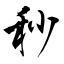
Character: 秒